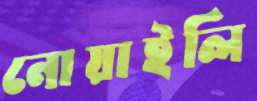
নোয়াইলি